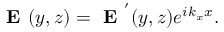
\textbf { E } ( y , z ) = \textbf { E } ^ { ' } ( y , z ) e ^ { i k _ { x } x } .